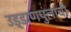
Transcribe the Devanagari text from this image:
उड्डाणपुलांची